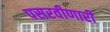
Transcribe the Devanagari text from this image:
पसरवीणारी